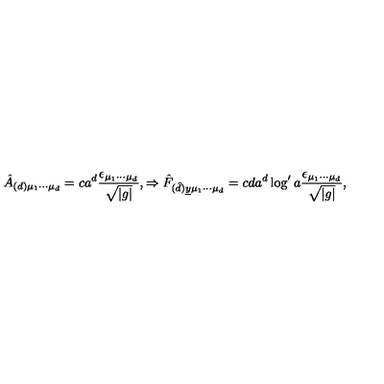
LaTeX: \hat { A } _ { ( d ) \mu _ { 1 } \cdots \mu _ { d } } = c a ^ { d } \frac { \epsilon _ { \mu _ { 1 } \cdots \mu _ { d } } } { \sqrt { | g | } } , \Rightarrow \hat { F } _ { ( \hat { d } ) \underline { { y } } \mu _ { 1 } \cdots \mu _ { d } } = c d a ^ { d } \log ^ { \prime } { a } \frac { \epsilon _ { \mu _ { 1 } \cdots \mu _ { d } } } { \sqrt { | g | } } ,